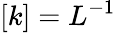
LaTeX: [k]=L^{-1}